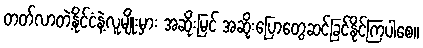
တတ်လာတဲ့နိုင်ငံနဲ့လူမျိုးမှား အဆိုးမြင် အဆိုးပြောတွေဆင်ခြင်နိုင်ကြပါစေ။